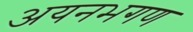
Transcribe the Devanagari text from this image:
अयनभगण